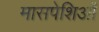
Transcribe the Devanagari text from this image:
मासपेशिओं